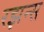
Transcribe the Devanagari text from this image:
रझन्स